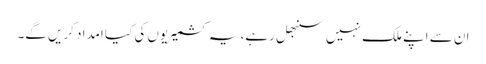
ان سے اپنے ملک نہیں سنبھل رہے، یہ کشمیریوں کی کیا امداد کریں گے۔